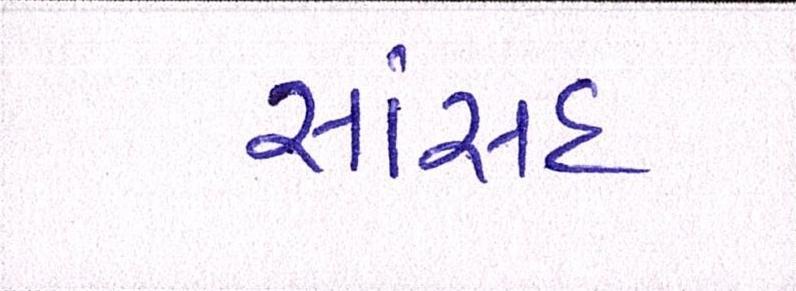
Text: સાંસદ